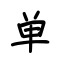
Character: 单